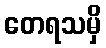
တေရသမှိ